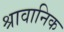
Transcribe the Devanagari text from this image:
श्रावानिक